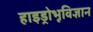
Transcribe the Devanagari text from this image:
हाइड्रोभूविज्ञान